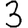
Digit: 3